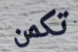
تكمن